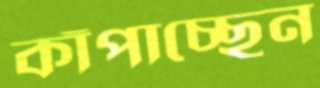
কাঁপাচ্ছেন